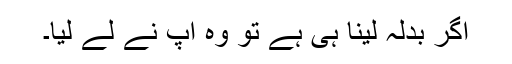
اگر بدلہ لینا ہی ہے تو وہ آپ نے لے لیا۔